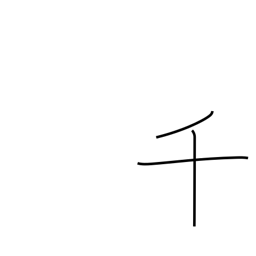
Meaning: thousand